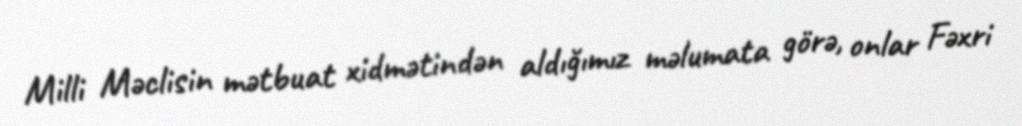
Milli Məclisin mətbuat xidmətindən aldığımız məlumata görə, onlar Fəxri